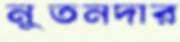
নুতনদার